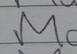
Signature authenticity: forged